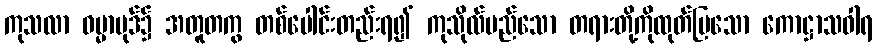
ကုသလာ ဓမ္မာပုဒ်၌ အတူတကွ တစ်ပေါင်းတည်းရ၍ ကုသိုလ်မည်သော တရားတို့ကိုထုတ်ပြသော ကောဋ္ဌာသဝါရ